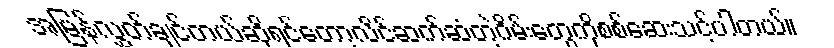
အမြန်လွှတ်ချင်တယ်ဆိုရင်တော့လိင်ဆက်ဆံတဲ့ဂိမ်းတွေကိုစစ်ဆေးသင့်ပါတယ်။